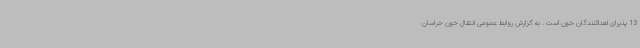
13 پذیرای اهداکنندگان خون است . به گزارش روابط عمومی انتقال خون خراسان